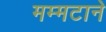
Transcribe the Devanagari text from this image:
मम्मटाने